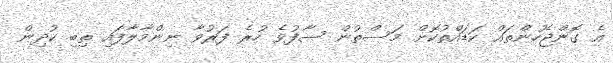
އެ ގޮންޖެހުންތައް ކަޑައްތުކޮށް މަސްތުން ސާފުވެ ހުރެ ފަރުވާ ނިންމާލާފައި ތިބި ކުދިން